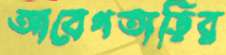
আবেগতাড়ির